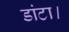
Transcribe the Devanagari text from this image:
डांटा।